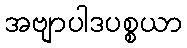
အဗျာပါဒပစ္စယာ